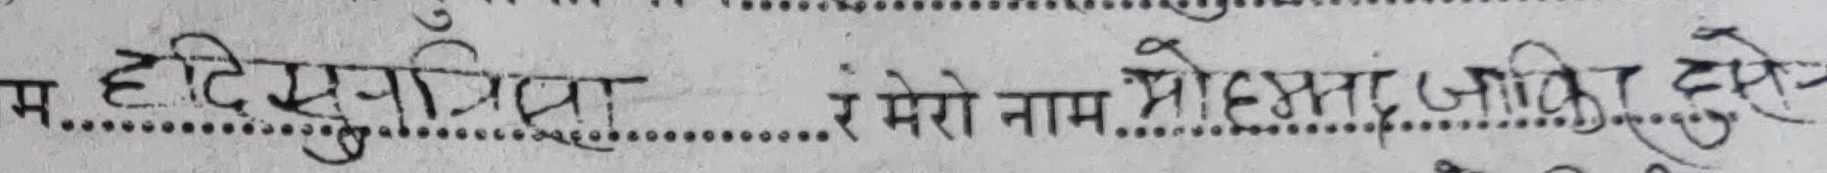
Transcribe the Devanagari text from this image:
म हँदि सुप्रिया र मेरो नाम मोहम्मद जकिया हुन्